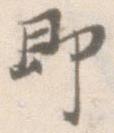
即